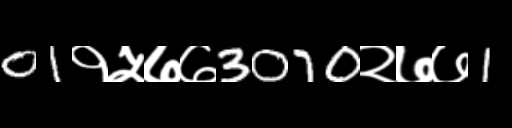
Text: 01१५७७3070२७७1